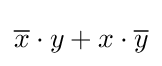
{\overline {x}}\cdot y+x\cdot {\overline {y}}